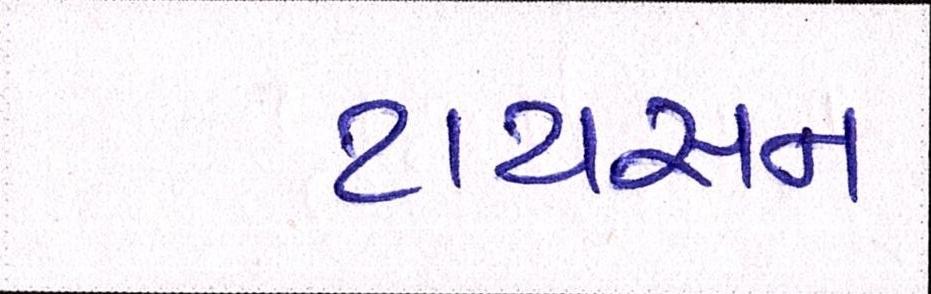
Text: ટાયસન